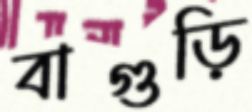
বাগুড়ি